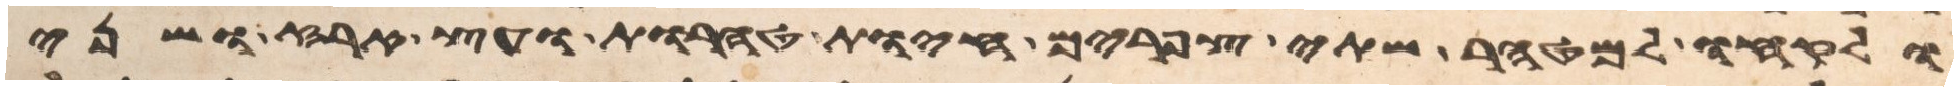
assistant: ולקחו למטהר שתי צפורים חיות טהרות ועץ ארז ושני